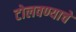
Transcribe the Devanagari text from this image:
टोलवण्याचे